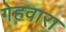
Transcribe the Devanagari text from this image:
गेहवारा